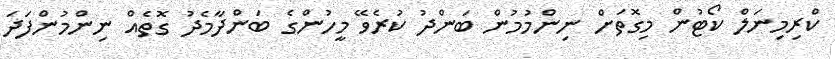
ކްރިމިނަލް ކޯޓުން މިގޮތަށް ނިންމުމުން ބަންދު ކުރެވޭ މީހުންގެ ބަންދާމެދު ގޮތެއް ނިންމުންފަދަ